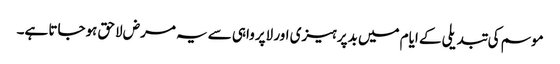
موسم کی تبدیلی کے ایام میں بدپرہیزی اور لاپرواہی سے یہ مرض لاحق ہوجاتا ہے۔